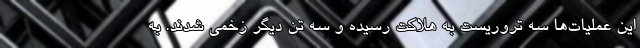
این عملیات‌ها سه تروریست به هلاکت رسیده و سه تن دیگر زخمی شدند. به